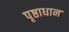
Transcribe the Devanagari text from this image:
पृष्ठाधान